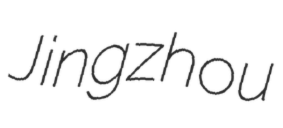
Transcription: Jingzhou